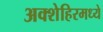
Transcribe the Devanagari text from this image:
अक्शेहिरमध्ये